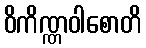
ဝိကိဏ္ဏဝါစောတိ